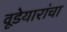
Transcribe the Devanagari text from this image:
वूडेयारांचा